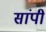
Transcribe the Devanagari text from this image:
सांपी